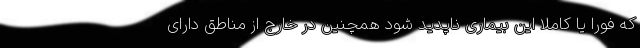
که فورا یا کاملا این بیماری ناپدید شود همچنین در خارج از مناطق دارای